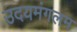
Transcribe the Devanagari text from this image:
उदयमंगलम